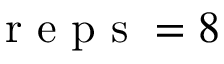
\textrm { r e p s } = 8